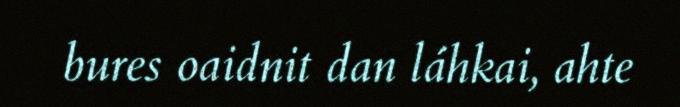
bures oaidnit dan láhkai, ahte